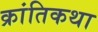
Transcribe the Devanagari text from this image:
क्रांतिकथा